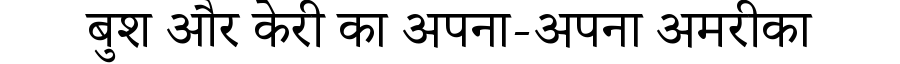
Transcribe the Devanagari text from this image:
बुश और केरी का अपना-अपना अमरीका